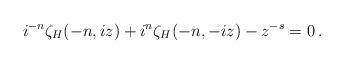
LaTeX: \begin{align*}{i}^{-n}\zeta_H(-n,iz) +i^{n}\zeta_H(-n,-iz) - z^{-s} = 0\:.\end{align*}